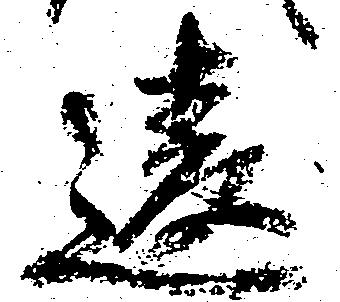
違